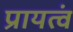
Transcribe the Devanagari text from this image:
प्रायत्वं